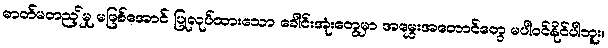
ဓာတ်မတည့်မှု မဖြစ်အောင် ပြုလုပ်ထားသော ခေါင်းအုံးတွေမှာ အမွှေးအတောင်တွေ မပါဝင်နိုင်ပါဘူး။